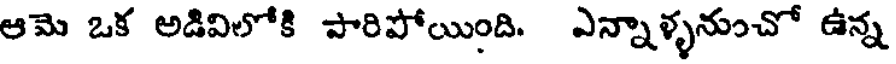
ఆమె ఒక అడివిలోకి పారిపోయింది. ఎన్నాళ్ళనుంచో ఉన్న